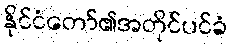
နိုင်ငံတော်၏အတိုင်ပင်ခံ